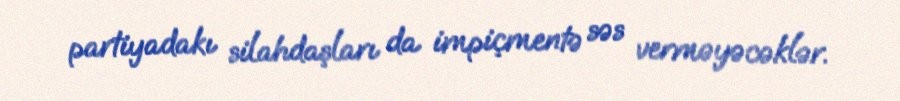
partiyadakı silahdaşları da impiçmentə səs verməyəcəklər.